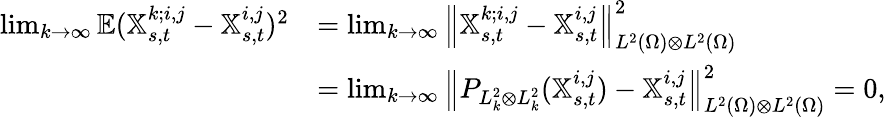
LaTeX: \begin{array}{rl}{\operatorname*{lim}_{k\rightarrow\infty}\mathbb{E}(\mathbb{X}_{s,t}^{k;i,j}-\mathbb{X}_{s,t}^{i,j})^{2}}&{=\operatorname*{lim}_{k\rightarrow\infty}{\left\lVert{\mathbb{X}_{s,t}^{k;i,j}-\mathbb{X}_{s,t}^{i,j}}\right\rVert}_{L^{2}(\Omega)\otimes L^{2}(\Omega)}^{2}}\\ &{=\operatorname*{lim}_{k\rightarrow\infty}{\left\lVert{P_{L_{k}^{2}\otimes L_{k}^{2}}(\mathbb{X}_{s,t}^{i,j})-\mathbb{X}_{s,t}^{i,j}}\right\rVert}_{L^{2}(\Omega)\otimes L^{2}(\Omega)}^{2}=0,}\end{array}